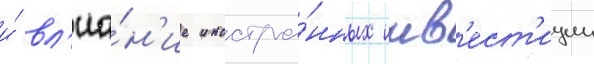
и́ вл'иа́н'ие иностра́нных инв'ест'иции